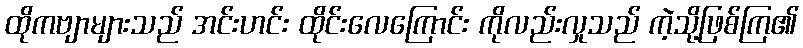
ထိုကဗျာများသည် အင်းဟင်း ထိုင်းလေကြောင်း ကိုလည်းလှုသည် ကဲ့သို့ဖြစ်ကြ၏